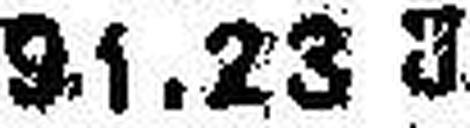
91.23 U